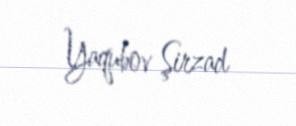
Yaqubov Şirzad